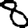
Digit: 8